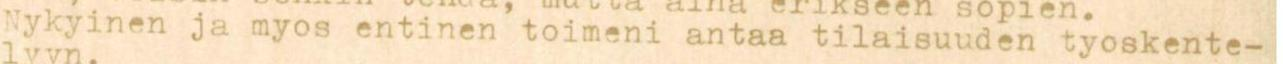
Nykyinen ja myos entinen toimeni antaa tilaisuuden tyoskente